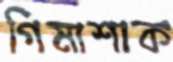
গিমাশাক